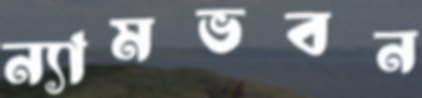
ন্যামভবন